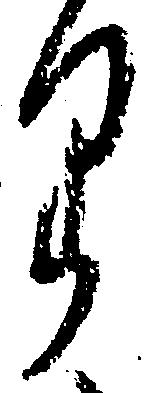
り